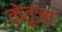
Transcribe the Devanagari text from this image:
केतुजा